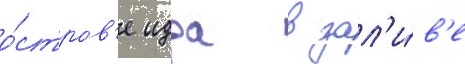
о́стров'е идра в зал'и́в'е